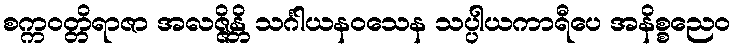
စက္ကဝတ္တိရာဇာ အလဇ္ဇိန္တိ သင်္ဂါယနဝသေန သပ္ပါယကာရီပေ အနိစ္စညေဝ